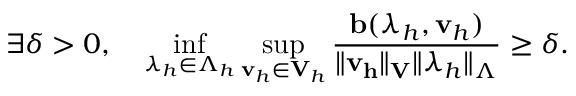
\exists \delta > 0 , \quad \operatorname* { i n f } _ { \boldsymbol \lambda _ { h } \in \boldsymbol \Lambda _ { h } } \operatorname* { s u p } _ { { \bf v } _ { h } \in { \bf V } _ { h } } \frac { { \bf b } ( \boldsymbol \lambda _ { h } , { \bf v } _ { h } ) } { \| { \bf v _ { h } } \| _ { \bf V } \| \boldsymbol \lambda _ { h } \| _ { \boldsymbol \Lambda } } \geq \delta .